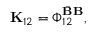
\mathbf { K } _ { 1 2 } = \boldsymbol { \Phi } _ { 1 2 } ^ { \bar { \mathbf { B } } \mathbf { B } } ,